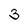
Character: 3